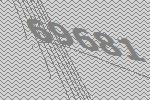
69681